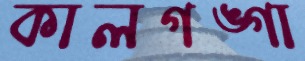
কালগঙ্গা